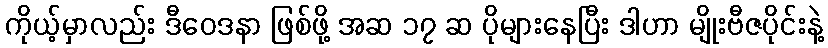
ကိုယ့်မှာလည်း ဒီဝေဒနာ ဖြစ်ဖို့ အဆ ၁၇ ဆ ပိုများနေပြီး ဒါဟာ မျိုးဗီဇပိုင်းနဲ့